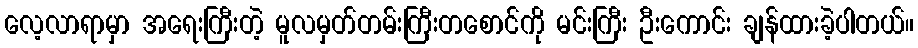
လေ့လာရာမှာ အရေးကြီးတဲ့ မူလမှတ်တမ်းကြီးတစောင်ကို မင်းကြီး ဦးကောင်း ချန်ထားခဲ့ပါတယ်။